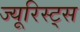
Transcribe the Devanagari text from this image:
ज्यूरिस्ट्स